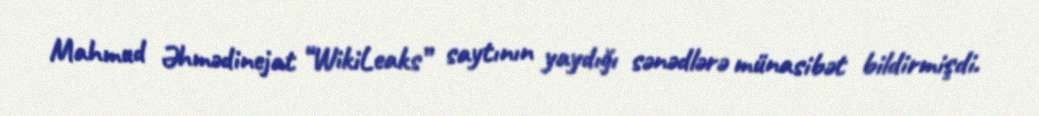
Mahmud Əhmədinejat “WikiLeaks” saytının yaydığı sənədlərə münasibət bildirmişdi.